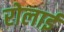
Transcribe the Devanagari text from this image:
रोलाई